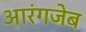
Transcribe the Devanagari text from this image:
आरंगजेब